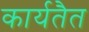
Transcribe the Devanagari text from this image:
कार्यतैत